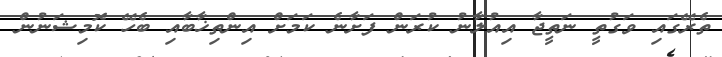
ތެރޭގައި ވަގުތީ ނަތީޖާ އިއުލާނު ކުރަން ފަށާނެ ކަމަށް އިންތިޚާބާއި ބެހޭ ކޮމިޝަނުން